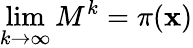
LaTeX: \operatorname*{lim}_{k\rightarrow\infty}M^{k}=\pi(\mathbf{x})